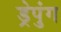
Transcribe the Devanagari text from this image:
ड्रेपुंग